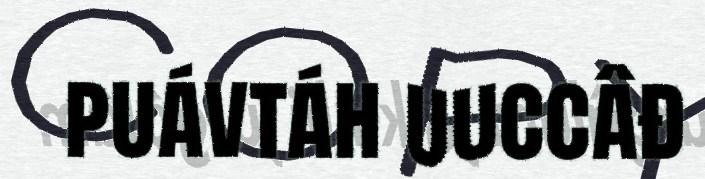
puávtáh uuccâđ